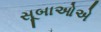
સૂબાઓએ